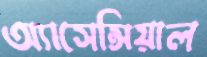
অ্যাসেন্সিয়াল